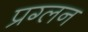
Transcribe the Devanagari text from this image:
प्रग्लन